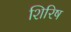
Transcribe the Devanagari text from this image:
शिरिष